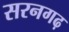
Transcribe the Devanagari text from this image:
सरनगढ़